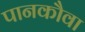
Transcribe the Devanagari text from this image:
पानकौवा